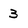
Character: 3